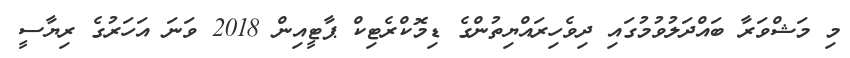
މި މަޝްވަރާ ބައްދަލުވުމުގައި ދިވެހިރައްޔިތުންގެ ޑިމޮކްރެޓިކް ޕާޓީއިން 2018 ވަނަ އަހަރުގެ ރިޔާސީ